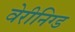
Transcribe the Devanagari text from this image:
वेरीनिग्ड